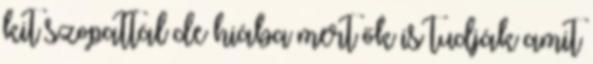
kit szopattál de hiába mert ők is tudják amit